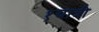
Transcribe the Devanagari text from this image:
१यात्री